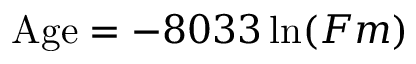
{ \mathrm { A g e } } = - 8 0 3 3 \ln ( F m )